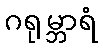
ဂရုမ္ဘာရံ